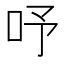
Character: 𠰄